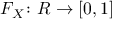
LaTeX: F _ { X } \colon R \to [ 0 , 1 ]